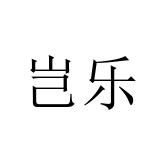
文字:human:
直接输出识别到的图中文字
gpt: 岂乐